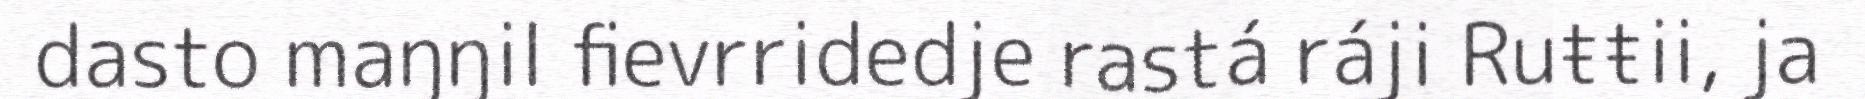
dasto maŋŋil fievrridedje rastá ráji Ruŧŧii, ja